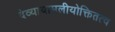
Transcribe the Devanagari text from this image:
देव्यायामलीयोक्तितत्व